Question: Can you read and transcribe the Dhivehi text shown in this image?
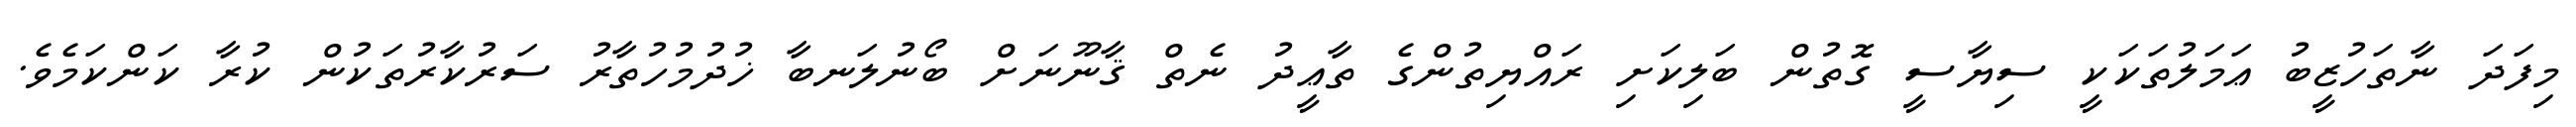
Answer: މިފަދަ ނާތަހުޒީބު ޢަމަލުތަކަކީ ސިޔާސީ ގޮތުން ބަލިކަށި ރައްޔިތުންގެ ތާޢީދު ނެތް ޤާނޫނަށް ބޯނުލަނބާ ޚުދުމުހުތާރު ސަރުކާރުތަކުން ކުރާ ކަންކަމެވެ.